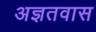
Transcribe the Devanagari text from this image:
अज्ञतवास